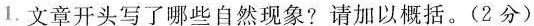
1.文章开头写了哪些自然现象?请加以概括。(2分)